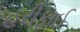
હરીફાઈ